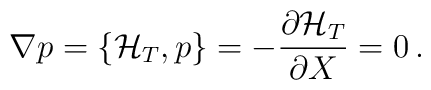
\nabla p  = \{  {\cal H}_T , p  \}= - {\partial {\cal H}_T \over \partial X } = 0\,.